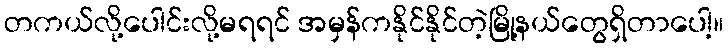
တကယ်လို့ပေါင်းလို့မရရင် အမှန်ကနိုင်နိုင်တဲ့မြို့နယ်တွေရှိတာပေါ့။